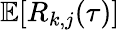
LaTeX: \mathbb{E}[R_{k,j}(\tau)]